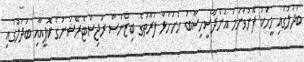
ބަދަލުގައި މީހަކު ފޮނުވާނަމަ އަންދާސީހިސާބު ހުށަހަޅާ ފަރާތުގެ ބިޒްނަސް ރަޖިސްޓްރޭޝަނުގެ ކޮޕީއާއި ބަދަލުގައި